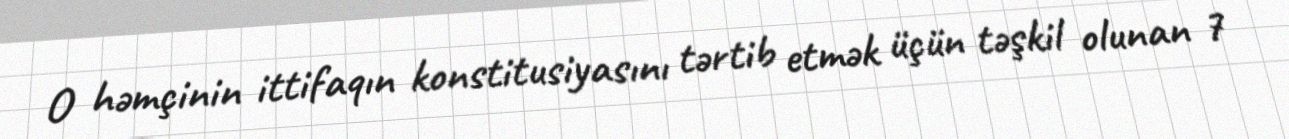
O həmçinin ittifaqın konstitusiyasını tərtib etmək üçün təşkil olunan 7